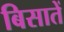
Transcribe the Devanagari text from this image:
बिसातें